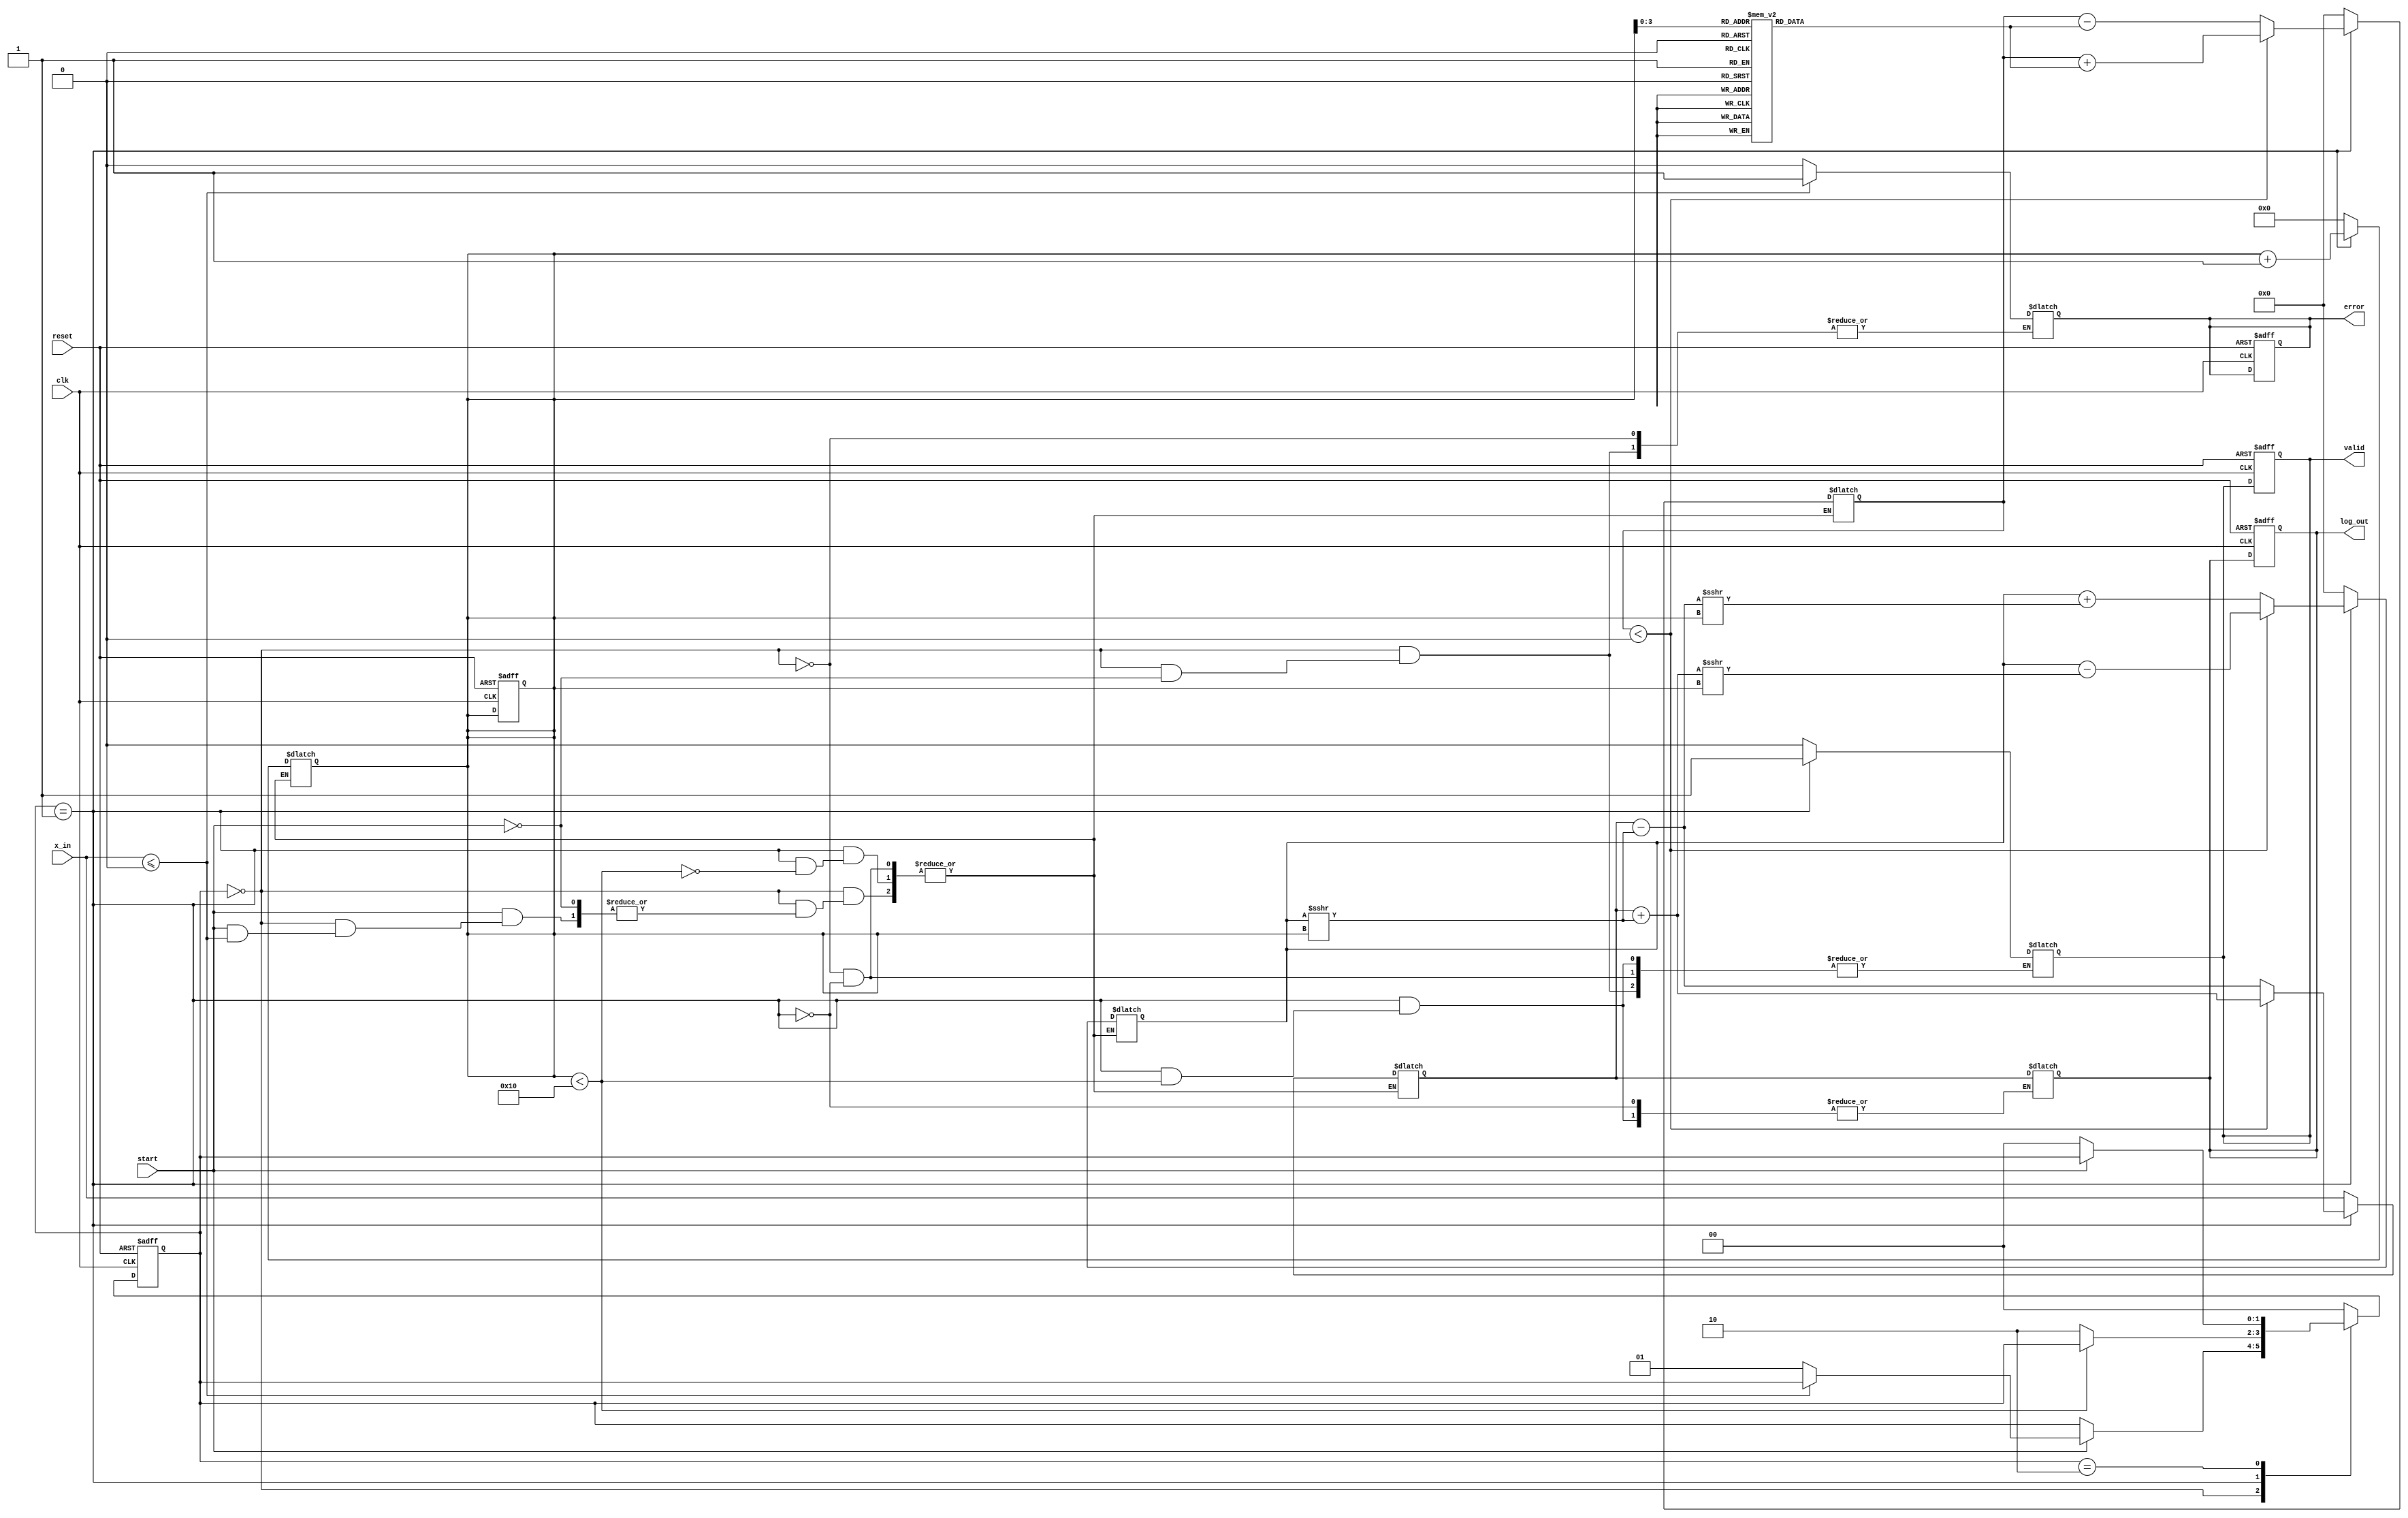
module cordic_logarithm (
    input wire clk,
    input wire reset,
    input wire start,
    input wire [31:0] x_in, // Input: Fixed-point representation of a positive number
    output reg [31:0] log_out, // Output: Fixed-point logarithm result
    output reg valid, // Output: Valid signal indicating output readiness
    output reg error // Output: Error signal for invalid inputs
);

    // Parameters
    parameter MAX_ITERATIONS = 16; // Number of CORDIC iterations
    parameter ANGLE_WIDTH = 32; // Width for angle representation
    parameter FIXED_POINT_WIDTH = 32; // Width for fixed-point representation

    // Internal signals
    reg [31:0] x, y, z; // CORDIC variables
    reg [4:0] iteration; // Iteration counter
    reg [ANGLE_WIDTH-1:0] angle_table [0:MAX_ITERATIONS-1]; // Angle lookup table
    reg [1:0] state; // FSM state
    reg [1:0] next_state; // Next state for FSM

    // FSM states
    localparam IDLE = 2'b00;
    localparam COMPUTE = 2'b01;
    localparam OUTPUT = 2'b10;

    // Initialize angle table (arctangent values)
    initial begin
        angle_table[0] = 32'h00000000; // atan(1) = 0
        angle_table[1] = 32'h3F19999A; // atan(0.5) = 26.565 degrees
        angle_table[2] = 32'h3E4CCCCD; // atan(0.25) = 14.036 degrees
        angle_table[3] = 32'h3D99999A; // atan(0.125) = 7.125 degrees
        // Add more precomputed values as needed...
    end

    // FSM for controlling the CORDIC process
    always @(posedge clk or posedge reset) begin
        if (reset) begin
            state <= IDLE;
            valid <= 0;
            error <= 0;
            iteration <= 0;
            log_out <= 0;
        end else begin
            state <= next_state;
        end
    end

    // Next state logic and computation
    always @(*) begin
        next_state = state;
        case (state)
            IDLE: begin
                if (start) begin
                    if (x_in <= 32'b0) begin
                        error = 1; // Invalid input
                        valid = 0;
                    end else begin
                        error = 0;
                        valid = 0;
                        x = x_in;
                        y = 32'h00000000; // Initial y = 0
                        z = 32'h00000000; // Initial angle
                        iteration = 0;
                        next_state = COMPUTE;
                    end
                end
            end

            COMPUTE: begin
                if (iteration < MAX_ITERATIONS) begin
                    // CORDIC rotation logic for logarithm
                    // Update x, y, z based on the CORDIC algorithm
                    // Here we assume a simple CORDIC transformation
                    if (z < 0) begin
                        x = x + (y >>> iteration);
                        y = y - (x >>> iteration);
                        z = z + angle_table[iteration];
                    end else begin
                        x = x - (y >>> iteration);
                        y = y + (x >>> iteration);
                        z = z - angle_table[iteration];
                    end
                    iteration = iteration + 1;
                end else begin
                    log_out = x; // Final result in x
                    valid = 1; // Set valid signal
                    next_state = OUTPUT;
                end
            end

            OUTPUT: begin
                // Stay in output state until reset
                if (!start) begin
                    next_state = IDLE; // Return to IDLE state
                end
            end

            default: next_state = IDLE;
        endcase
    end

endmodule